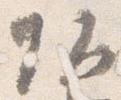
頭